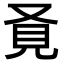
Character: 𧠈